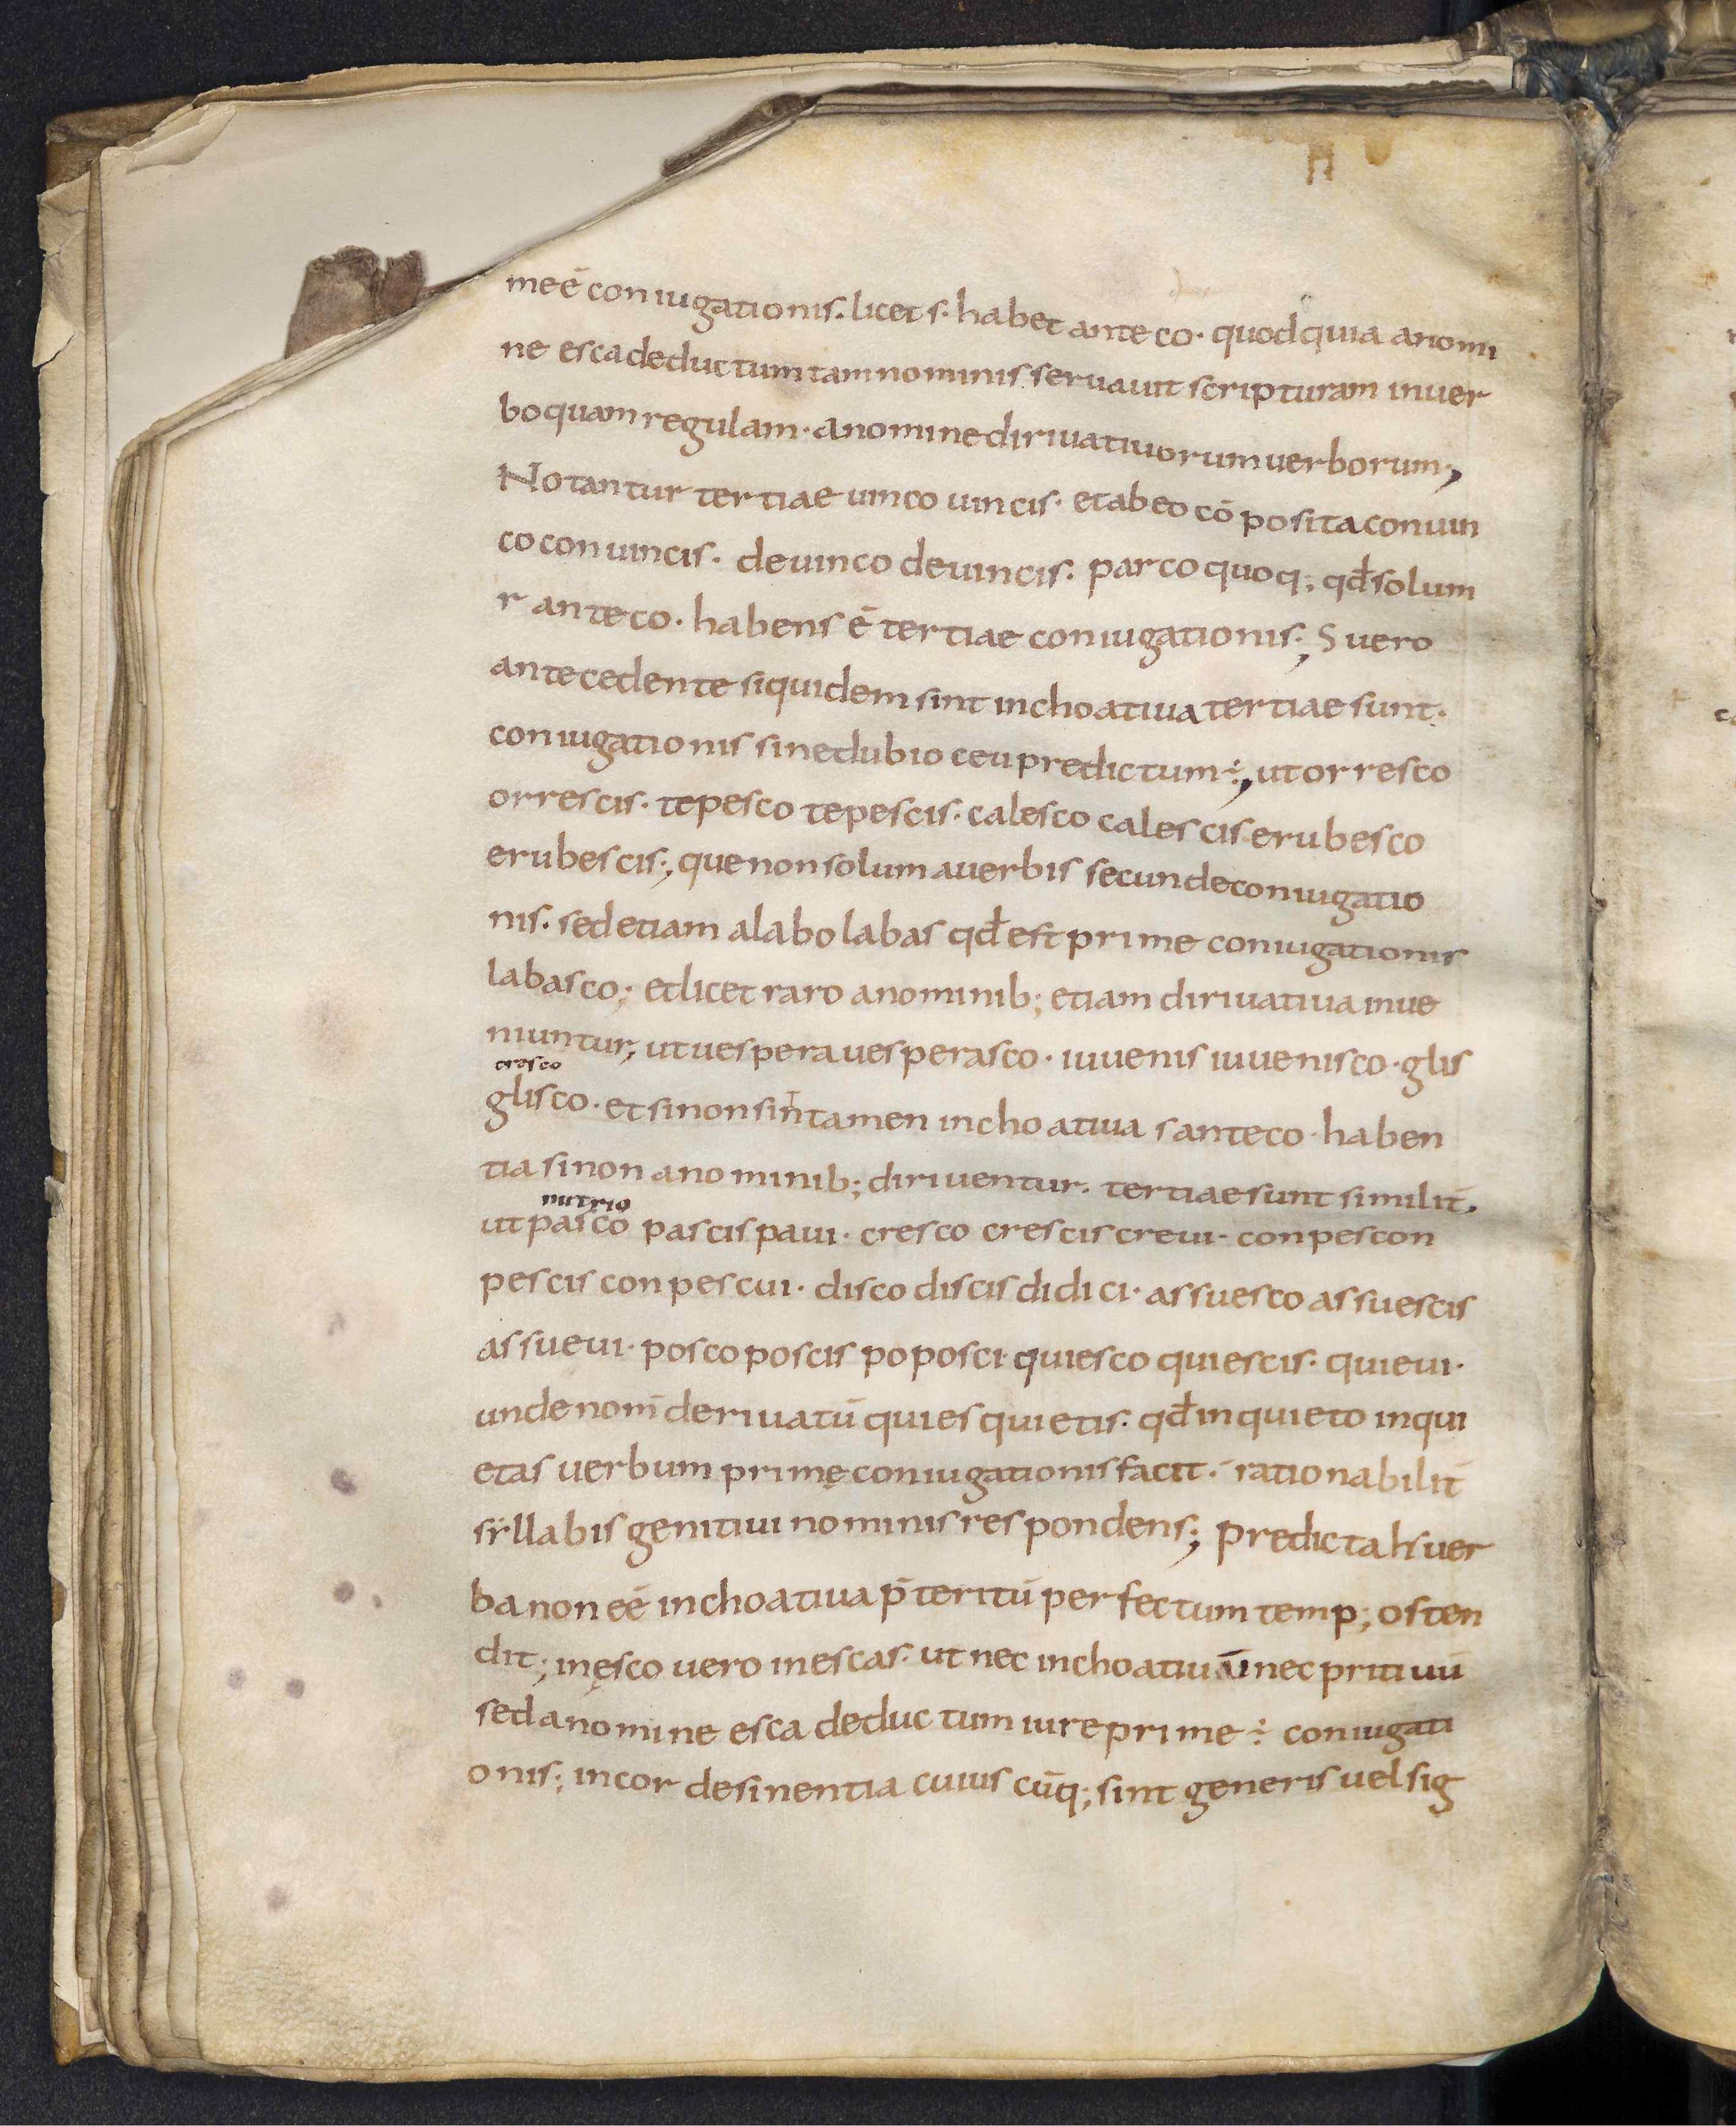
Shelfmark: Leiden, Bibliotheek der Rijksuniversiteit, Voss. Lat. O 41
Century: 9